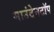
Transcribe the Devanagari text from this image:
माउंटेनटॉप